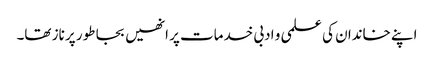
اپنے خاندان کی علمی و ادبی خدمات پر انھیں بجا طور پر ناز تھا۔